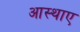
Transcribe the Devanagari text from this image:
आस्थाए